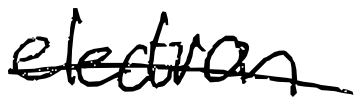
Text: election
Cross-out: single-line
Writing tool: digital_black